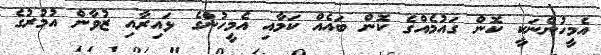
އެމީހުންނަކީ ކޮން ގައުމެއްގެ ކޮން ބައެއް ކަމާއި އެމީހުންގެ ޅައިރާއި ޒުވާން އުމުރުގެ